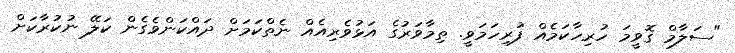
"ސަލާމް ގޮވީމަ ހުރިހާކަމެއް ފުރިހަމަވީ. ތިމާވަރުގެ އަޅުވެރިއެއް ނެތްކަމަށް ދައްކަންވެގެން ކަލޭ ނުކުރާކަށް